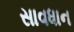
સાવધાન